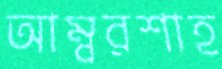
আম্বরশাহ